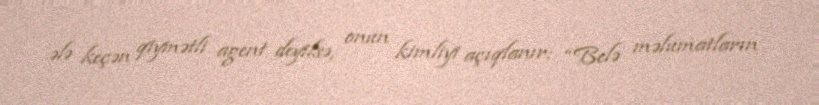
ələ keçən qiymətli agent deyilsə, onun kimliyi açıqlanır: “Belə məlumatların